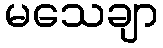
မသေချာ